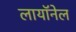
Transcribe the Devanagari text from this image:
लायॉनेल